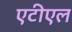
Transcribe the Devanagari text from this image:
एटीएल